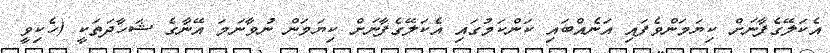
އެކަލޭގެފާނަށް ކިޔަމަންވެފައި އަނެއްބައި ކަންކަމުގައި އެކަލޭގެފާނަށް ކިޔަމަން ނުވާނަމަ އޭނާގެ ޝަހާދަތަކީ (ހެކިވީ